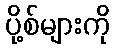
ပို့စ်များကို